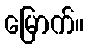
မြောက်။